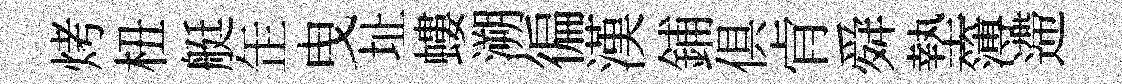
烤杻艇𦈢曳址螻溯徧漢鋪俱肻舜墊簿遰